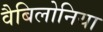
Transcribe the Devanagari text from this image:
वैबिलोनिया